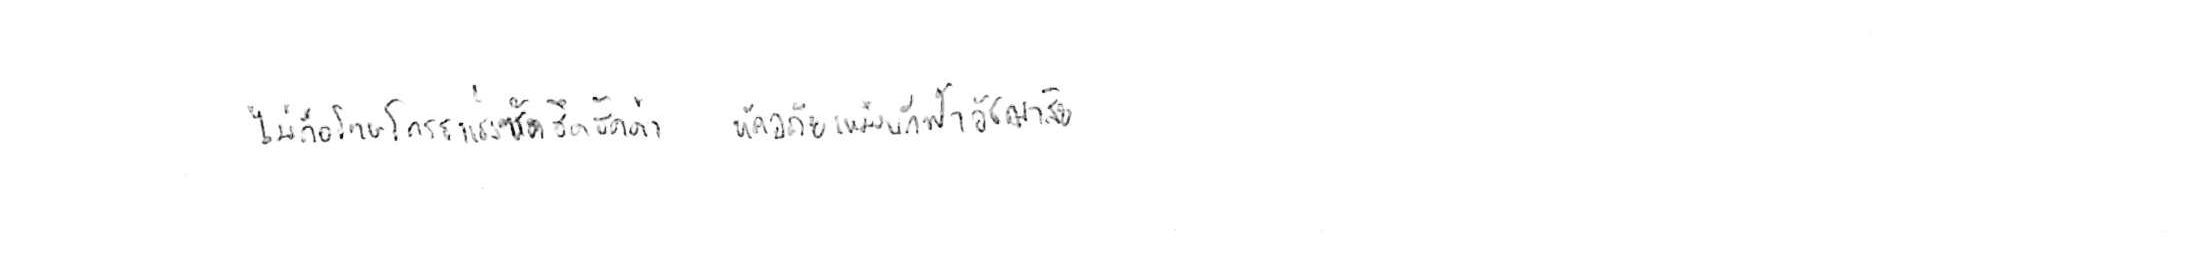
ไม่ถือโทษโกรธแช่งซัดฮึดฮัดด่า หัดอภัยเหมือนกีฬาอัชฌาสัย